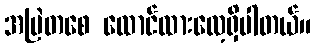
အမြဲတစေ ထောင်ထားလေ့ရှိပါတယ်။